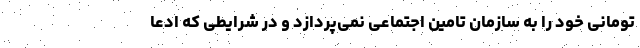
تومانی خود را به سازمان تامین اجتماعی نمی‌پردازد و در شرایطی که ادعا